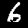
Label: 6